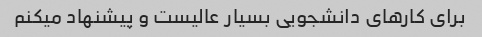
برای کارهای دانشجویی بسیار عالیست و پیشنهاد میکنم